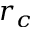
r _ { c }